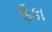
ઉકા